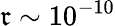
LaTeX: \mathfrak{r}\sim10^{-10}